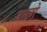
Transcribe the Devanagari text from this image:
डल्लो